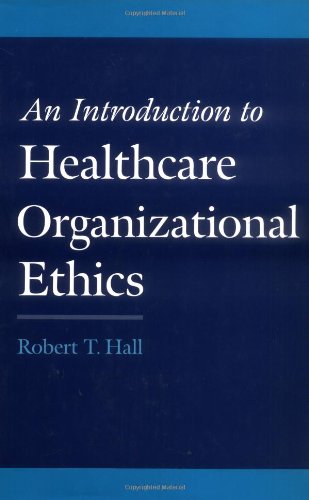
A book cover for An Introduction to Healthcare Organizational Ethics; Robert T. Hall; Medical Books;